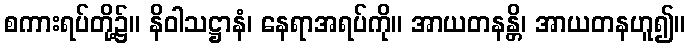
စကားရပ်တို့၌။ နိဝါသဋ္ဌာနံ၊ နေရာအရပ်ကို။ အာယတနန္တိ၊ အာယတနဟူ၍။